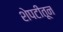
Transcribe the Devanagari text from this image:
शेपटीतून